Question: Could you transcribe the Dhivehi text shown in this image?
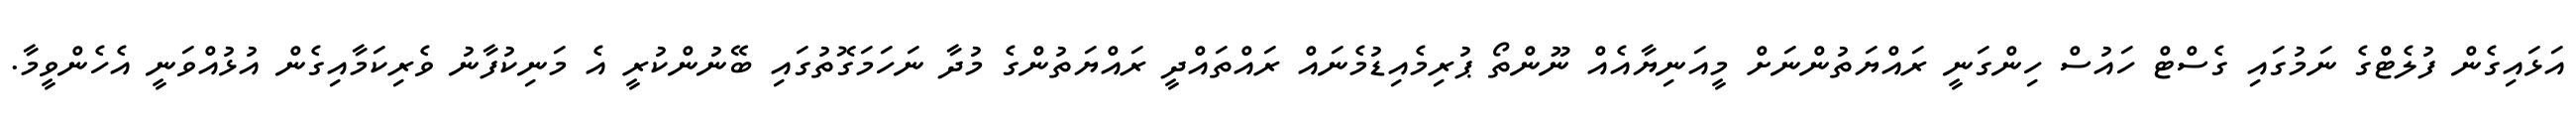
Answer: އަޅައިގެން ފުލެޓްގެ ނަމުގައި ގެސްޓް ހައުސް ހިންގަނީ ރައްޔަތުންނަށް މީއަނިޔާއެއް ނޫންތޯ ޕުރިމެއިޑުމެނައް ރައްތައްދީ ރައްޔަތުންގެ މުދާ ނަހަމަގޮތުގައި ބޭނުންކުރީ އެ މަނިކުފާނު ވެރިކަމާއިގެން އުޅުއްވަނީ އެހެންވީމާ.